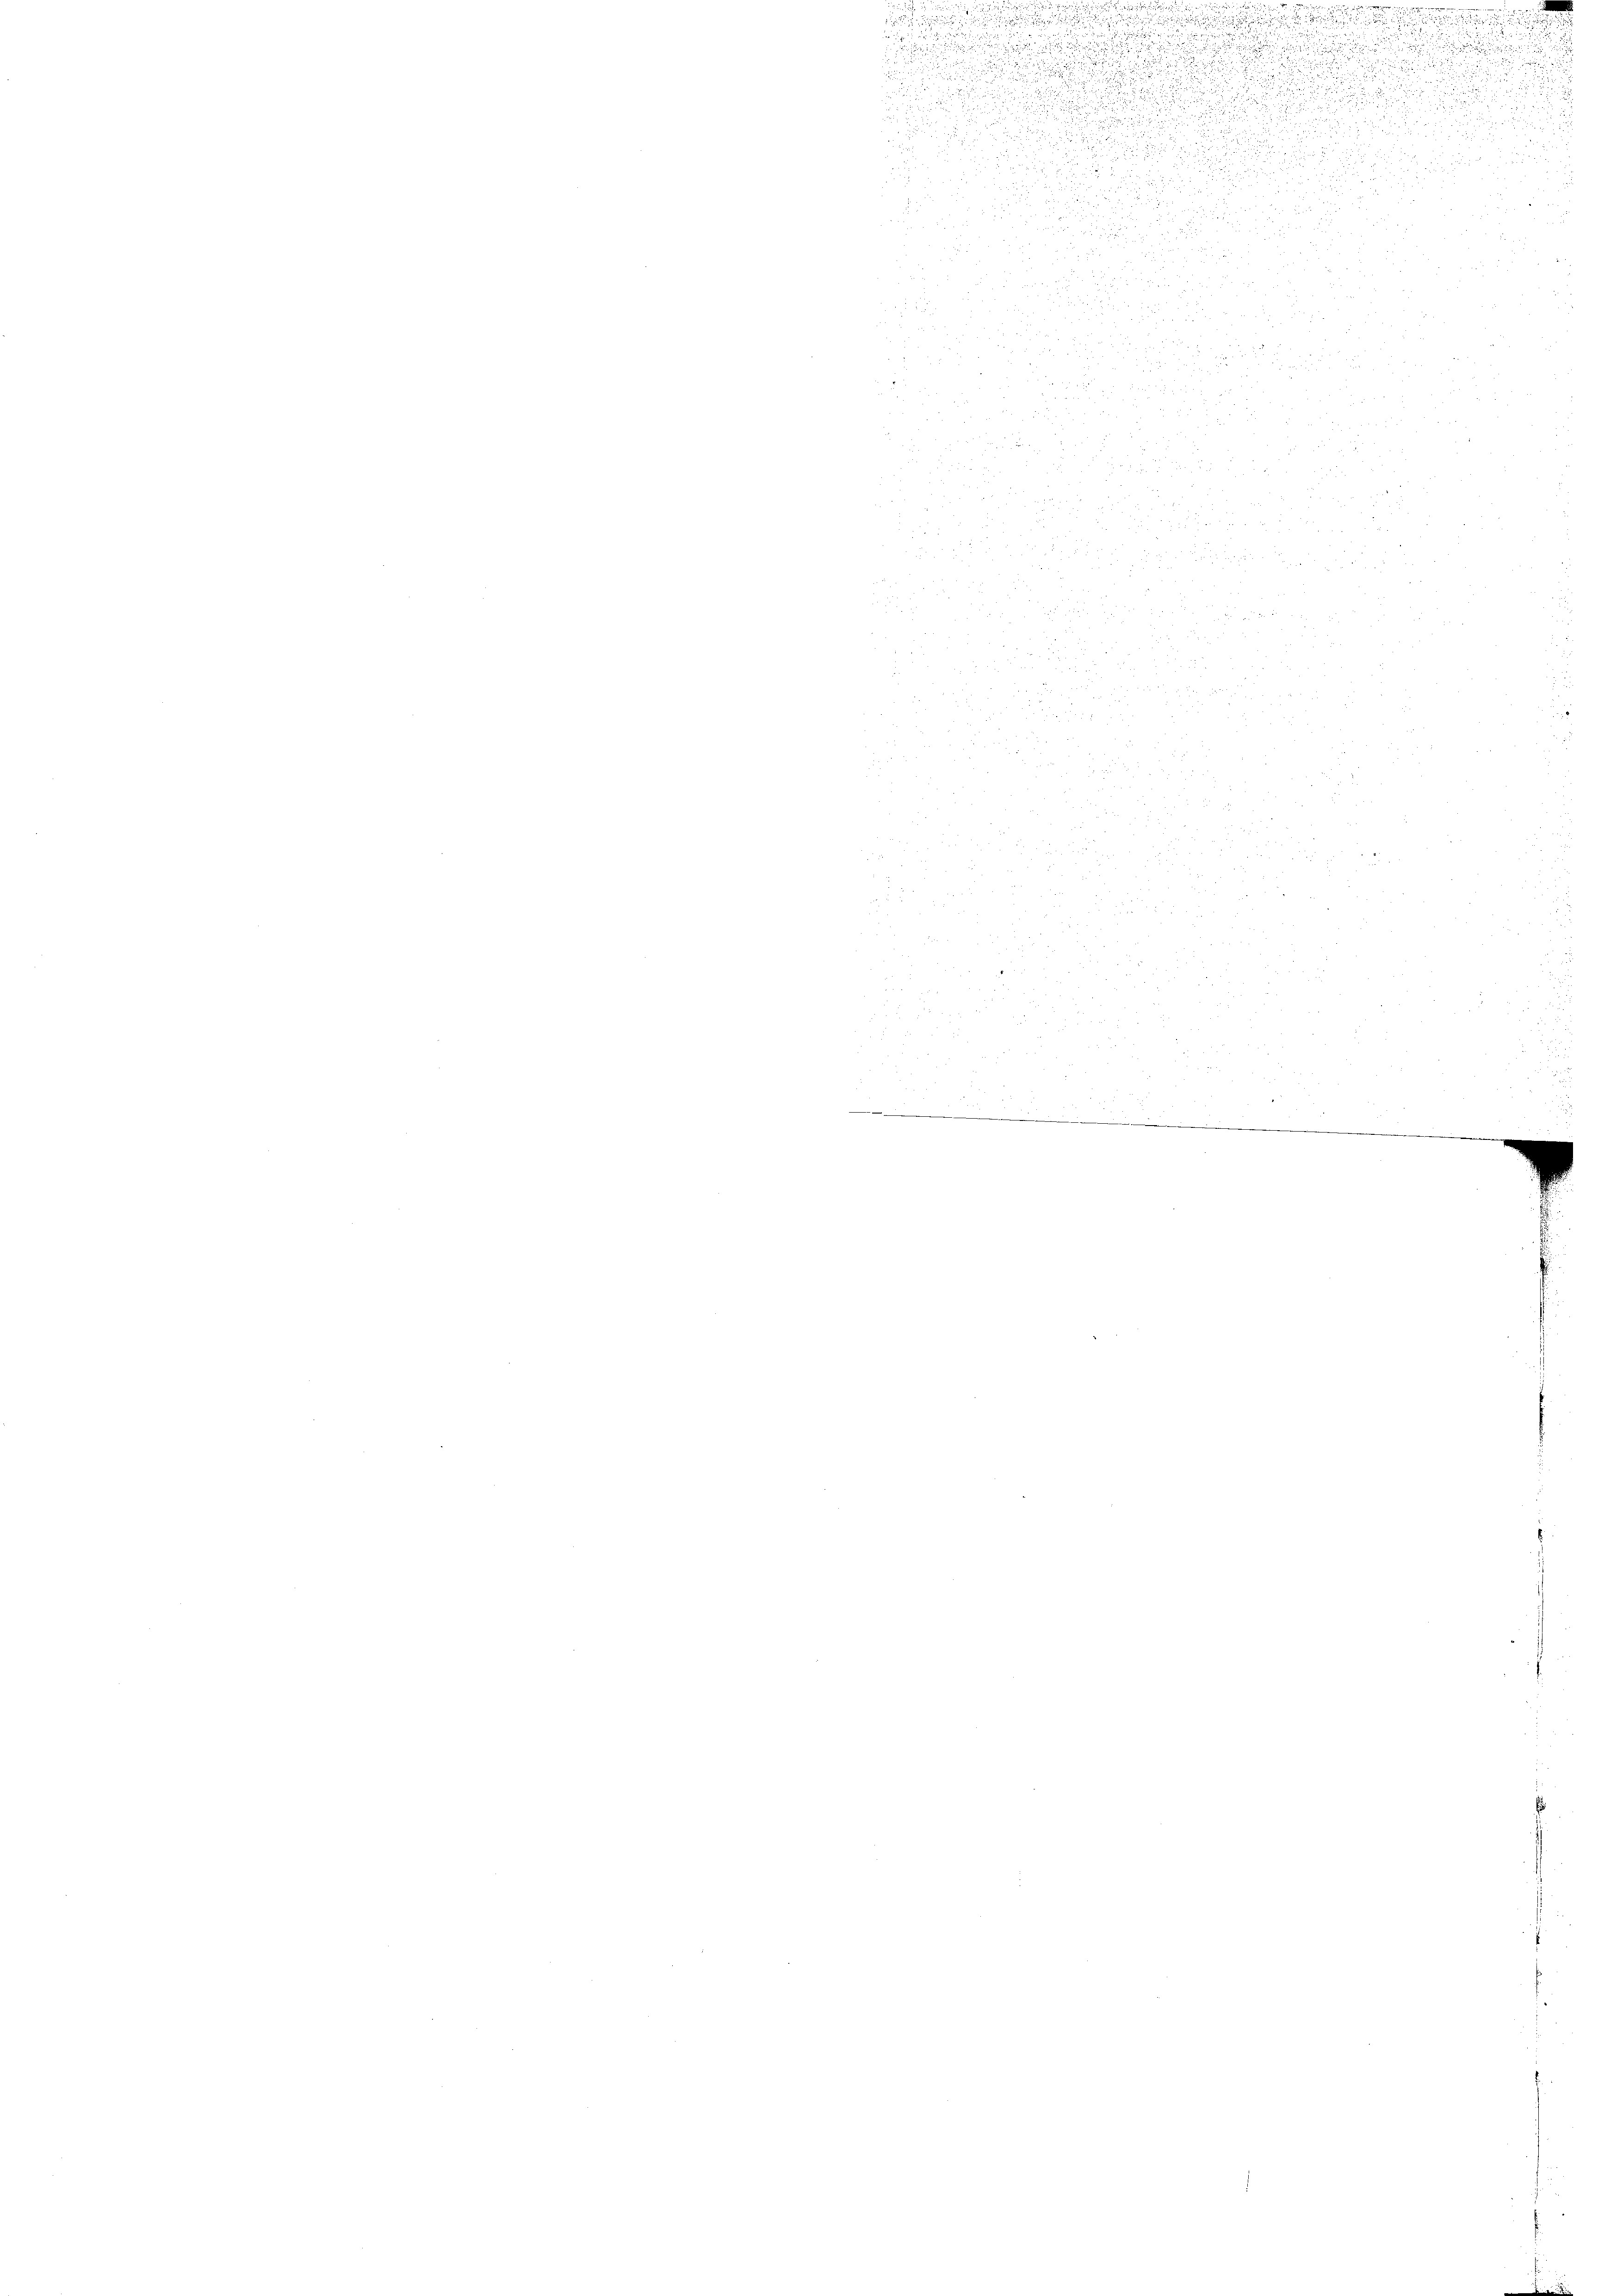
.

.

.
.
.

d

d

u
.

is

u

d

u